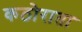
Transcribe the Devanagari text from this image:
कठोराता